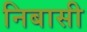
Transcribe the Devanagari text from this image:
निबासी